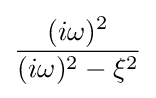
{\frac {(i\omega )^{2}}{(i\omega )^{2}-\xi ^{2}}}